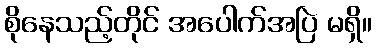
စိုနေသည့်တိုင် အပေါက်အပြဲ မရှိ။